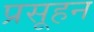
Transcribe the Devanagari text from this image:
प्रसूहन